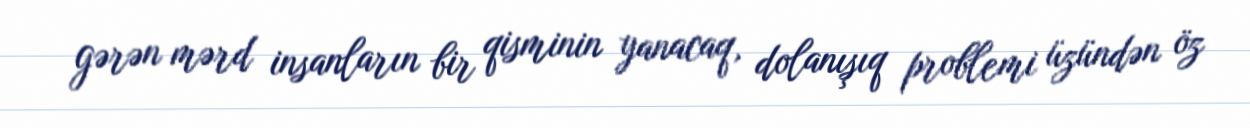
gərən mərd insanların bir qisminin yanacaq, dolanışıq problemi üzündən öz